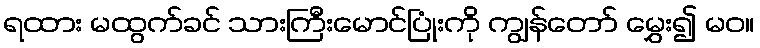
ရထား မထွက်ခင် သားကြီးမောင်ပြုံးကို ကျွန်တော် မွှေး၍ မဝ။